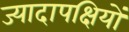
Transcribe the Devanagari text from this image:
ज्यादापक्षियों